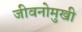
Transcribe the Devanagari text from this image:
जीवनोमुखी